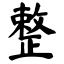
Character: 整